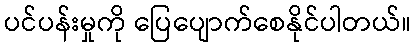
ပင်ပန်းမှုကို ပြေပျောက်စေနိုင်ပါတယ်။